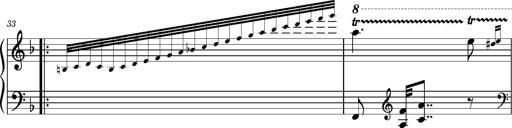
Title: Ungarischer Romanzero
Composer: Franz Liszt